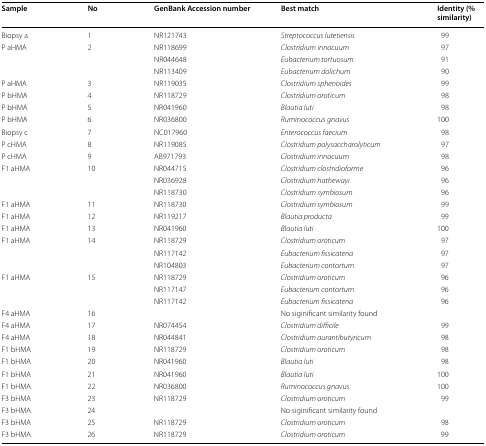
<table><thead><tr><td><b>Sample</b></td><td><b>No</b></td><td><b>GenBank Accession number</b></td><td><b>Best match</b></td><td><b>Identity (% similarity)</b></td></tr></thead><tbody><tr><td>Biopsy a</td><td>1</td><td>NR121743</td><td><i>Streptococcus lutetiensis</i></td><td>99</td></tr><tr><td rowspan="3">P aHMA</td><td rowspan="3">2</td><td>NR118699</td><td><i>Clostridium innocuum</i></td><td>97</td></tr><tr><td>NR044648</td><td><i>Eubacterium tortuosum</i></td><td>91</td></tr><tr><td>NR113409</td><td><i>Eubacterium dolichum</i></td><td>90</td></tr><tr><td>P aHMA</td><td>3</td><td>NR119035</td><td><i>Clostridium sphenoides</i></td><td>99</td></tr><tr><td>P bHMA</td><td>4</td><td>NR118729</td><td><i>Clostridium oroticum</i></td><td>98</td></tr><tr><td>P bHMA</td><td>5</td><td>NR041960</td><td><i>Blautia luti</i></td><td>98</td></tr><tr><td>P bHMA</td><td>6</td><td>NR036800</td><td><i>Ruminococcus gnavus</i></td><td>100</td></tr><tr><td>Biopsy c</td><td>7</td><td>NC017960</td><td><i>Enterococcus faecium</i></td><td>98</td></tr><tr><td>P cHMA</td><td>8</td><td>NR119085</td><td><i>Clostridium polysaccharolyticum</i></td><td>97</td></tr><tr><td>P cHMA</td><td>9</td><td>AB971793</td><td><i>Clostridium innocuum</i></td><td>98</td></tr><tr><td rowspan="3">F1 aHMA</td><td rowspan="3">10</td><td>NR044715</td><td><i>Clostridium clostridioforme</i></td><td>96</td></tr><tr><td>NR036928</td><td><i>Clostridium hathewayi</i></td><td>96</td></tr><tr><td>NR118730</td><td><i>Clostridium symbiosum</i></td><td>96</td></tr><tr><td>F1 aHMA</td><td>11</td><td>NR118730</td><td><i>Clostridium symbiosum</i></td><td>99</td></tr><tr><td>F1 aHMA</td><td>12</td><td>NR119217</td><td><i>Blautia producta</i></td><td>99</td></tr><tr><td>F1 aHMA</td><td>13</td><td>NR041960</td><td><i>Blautia luti</i></td><td>100</td></tr><tr><td rowspan="3">F1 aHMA</td><td rowspan="3">14</td><td>NR118729</td><td><i>Clostridium oroticum</i></td><td>97</td></tr><tr><td>NR117142</td><td><i>Eubacterium fissicatena</i></td><td>97</td></tr><tr><td>NR104803</td><td><i>Eubacterium contortum</i></td><td>97</td></tr><tr><td rowspan="3">F1 aHMA</td><td rowspan="3">15</td><td>NR118729</td><td><i>Clostridium oroticum</i></td><td>96</td></tr><tr><td>NR117147</td><td><i>Eubacterium contortum</i></td><td>96</td></tr><tr><td>NR117142</td><td><i>Eubacterium fissicatena</i></td><td>96</td></tr><tr><td>F4 aHMA</td><td>16</td><td></td><td>No siginificant similarity found</td><td></td></tr><tr><td>F4 aHMA</td><td>17</td><td>NR074454</td><td><i>Clostridium difficile</i></td><td>99</td></tr><tr><td>F4 aHMA</td><td>18</td><td>NR044841</td><td><i>Clostridium aurantibutyricum</i></td><td>98</td></tr><tr><td>F1 bHMA</td><td>19</td><td>NR118729</td><td><i>Clostridium oroticum</i></td><td>98</td></tr><tr><td>F1 bHMA</td><td>20</td><td>NR041960</td><td><i>Blautia luti</i></td><td>98</td></tr><tr><td>F1 bHMA</td><td>21</td><td>NR041960</td><td><i>Blautia luti</i></td><td>100</td></tr><tr><td>F1 bHMA</td><td>22</td><td>NR036800</td><td><i>Ruminococcus gnavus</i></td><td>100</td></tr><tr><td>F3 bHMA</td><td>23</td><td>NR118729</td><td><i>Clostridium oroticum</i></td><td>99</td></tr><tr><td>F3 bHMA</td><td>24</td><td></td><td>No siginificant similarity found</td><td></td></tr><tr><td>F3 bHMA</td><td>25</td><td>NR118729</td><td><i>Clostridium oroticum</i></td><td>98</td></tr><tr><td>F3 bHMA</td><td>26</td><td>NR118729</td><td><i>Clostridium oroticum</i></td><td>99</td></tr></tbody></table>